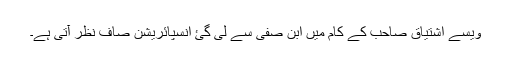
ویسے اشتیاق صاحب کے کام میں ابن صفی سے لی گئ انسپائریشن صاف نظر آتی ہے۔